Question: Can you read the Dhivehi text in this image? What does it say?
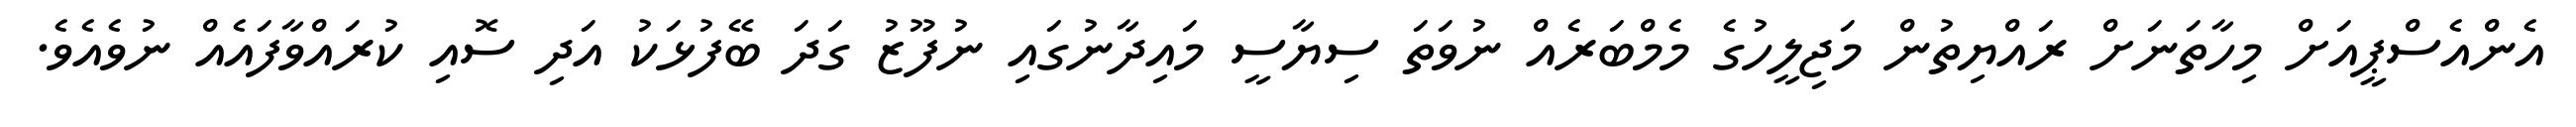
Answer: އެންއެސްޕީއަށް މިހާތަނަށް ރައްޔިތުން މަޖިލީހުގެ މެމްބަރެއް ނުވަތަ ސިޔާސީ މައިދާނުގައި ނުފޫޒު ގަދަ ބޭފުޅަކު އަދި ސޮއި ކުރައްވާފައެއް ނުވެއެވެ.